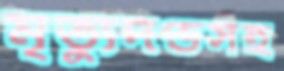
মৃত্যুদণ্ডসহ